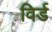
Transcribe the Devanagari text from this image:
विर्ड